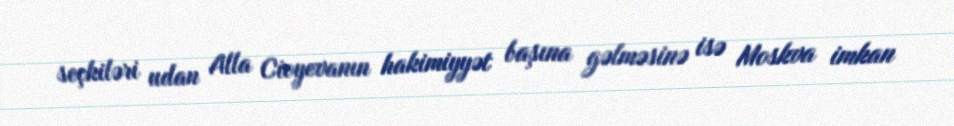
seçkiləri udan Alla Cioyevanın hakimiyyət başına gəlməsinə isə Moskva imkan